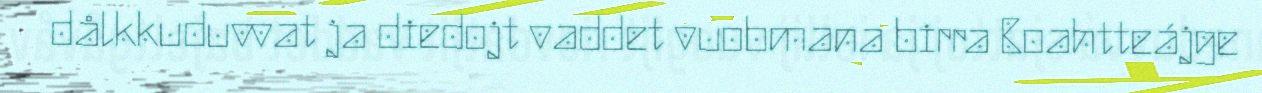
dålkkuduvvat ja diedojt vaddet vuobmana birra Boahtteájge